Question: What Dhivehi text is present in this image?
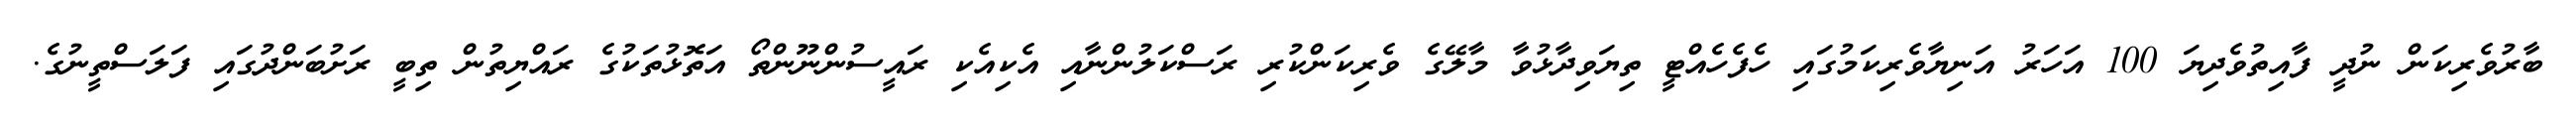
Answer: ބާރުވެރިކަން ނުދީ ފާއިތުވެދިޔަ 100 އަހަރު އަނިޔާވެރިކަމުގައި ހެފެހެއްޓީ ތިޔަވިދާޅުވާ މާލޭގެ ވެރިކަންކުރި ރަސްކަލުންނާއި އެކިއެކި ރައީސުންނޫންތޯ އަތޮޅުތަކުގެ ރައްޔިތުން ތިބީ ރަށުބަންދުގައި ފަލަސްތީނުގެ.